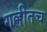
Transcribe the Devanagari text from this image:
गल्लीतच